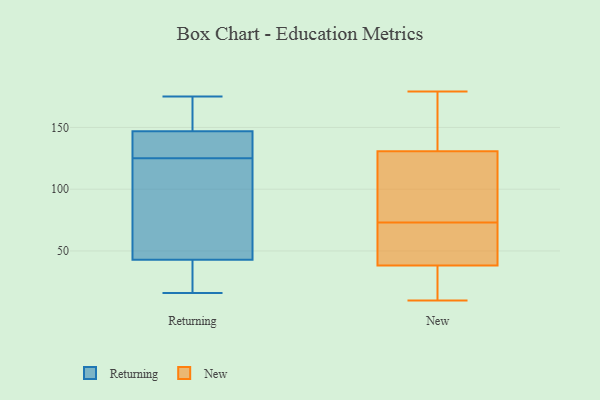
{"axis": {"x": "Humidity (%)", "y": "Value"}, "legend": ["New", "Returning"], "data": [{"x": "", "y": 156, "type": "Returning"}, {"x": "", "y": 25, "type": "Returning"}, {"x": "", "y": 144, "type": "Returning"}, {"x": "", "y": 125, "type": "Returning"}, {"x": "", "y": 79, "type": "Returning"}, {"x": "", "y": 135, "type": "Returning"}, {"x": "", "y": 49, "type": "Returning"}, {"x": "", "y": 142, "type": "Returning"}, {"x": "", "y": 175, "type": "Returning"}, {"x": "", "y": 22, "type": "Returning"}, {"x": "", "y": 16, "type": "Returning"}, {"x": "", "y": 66, "type": "Returning"}, {"x": "", "y": 164, "type": "Returning"}, {"x": "", "y": 164, "type": "New"}, {"x": "", "y": 28, "type": "New"}, {"x": "", "y": 179, "type": "New"}, {"x": "", "y": 135, "type": "New"}, {"x": "", "y": 73, "type": "New"}, {"x": "", "y": 38, "type": "New"}, {"x": "", "y": 65, "type": "New"}, {"x": "", "y": 32, "type": "New"}, {"x": "", "y": 98, "type": "New"}, {"x": "", "y": 111, "type": "New"}, {"x": "", "y": 43, "type": "New"}, {"x": "", "y": 10, "type": "New"}, {"x": "", "y": 118, "type": "New"}, {"x": "", "y": 39, "type": "New"}, {"x": "", "y": 162, "type": "New"}]}